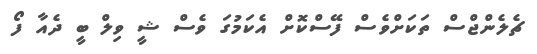
ޗެލެންޖްސް ތަކަށްވެސް ފޭސްކޮށް އެކަމުގަ ވެސް ޝީ ވިލް ބީ ދެއާ ފޯ